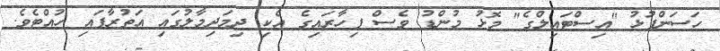
ހަސަންފުޅު "އިސްޓައިލްގެ" މޮޅު މުންޑު ވެސް ފިހާރައިގެ އެކި ދިމަދިމާލުގައި އަތުރާފައި ހުއްޓެވެ.